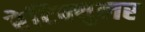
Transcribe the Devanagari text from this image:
रेटिक्युलर